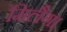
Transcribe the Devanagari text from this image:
मिलैगा